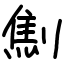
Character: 劁